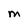
Character: M